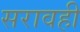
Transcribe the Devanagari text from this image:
सरावही